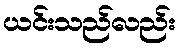
ယင်းသည်လည်း